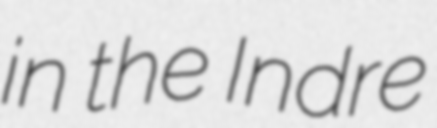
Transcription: in the Indre